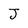
Character: J